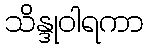
သိန္ဒုဝါရကာ